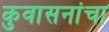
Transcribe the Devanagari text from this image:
कुवासनांचा